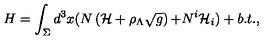
H = \int _ { \Sigma } d ^ { 3 } x ( N \left( { \cal H } + \rho _ { \Lambda } \sqrt { g } \right) { \cal + } N ^ { i } { \cal H } _ { i } ) + b . t . ,